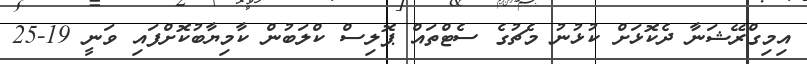
އިމިގްރޭޝަނާ ދެކޮޅަށް ކުޅުނު މެޗުގެ ސެޓްތައް ޕޮލިސް ކްލަބުން ކާމިޔާބުކޮށްފައި ވަނީ 19-25